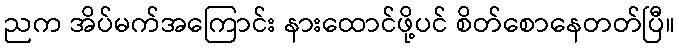
ညက အိပ်မက်အကြောင်း နားထောင်ဖို့ပင် စိတ်စောနေတတ်ပြီ။